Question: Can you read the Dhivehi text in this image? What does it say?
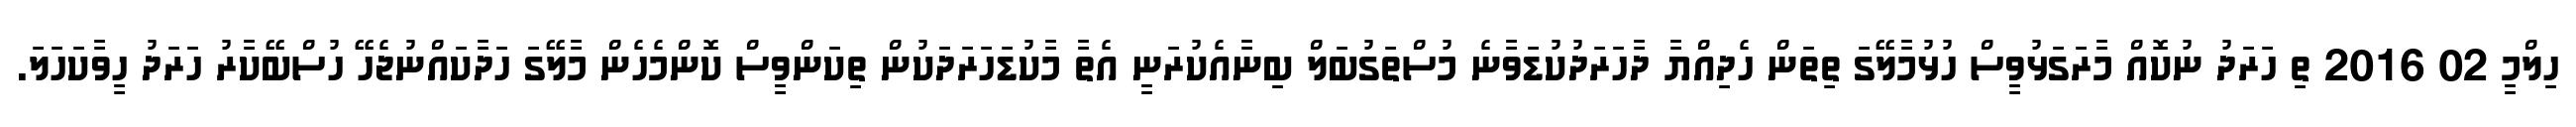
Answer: ހިލްމީ 02 2016 ތި ހަރަދު ނުކޮއް މާރަގަޅުވީސް ހުޅުމާލޭގަ ތިތަން ހެދިއްޔާ ދާހަރަދުކުޑަވާނެ މުސްތަގުބަލް ބިނާއެކުރަނީ އެތާ މާކުޑަހަރަދަކުން ތިކަންވީސް ކޮންމެހެން މާލޭގަ ހަދާކައްނުޖެހޭ ހުސްބޭކާރު ހަރަދު ހީވާކަހަލަ.